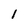
Character: I